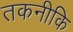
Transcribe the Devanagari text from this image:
तकनीकि